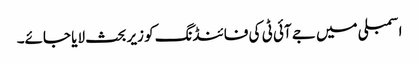
اسمبلی میں جے آئی ٹی کی فائنڈنگ کو زیر بحث لایا جائے۔